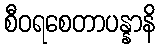
စီဝရစေတာပန္နာနိ